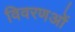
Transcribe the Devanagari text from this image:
विवरणओं